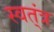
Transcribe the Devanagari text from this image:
स्वत्ंत्र